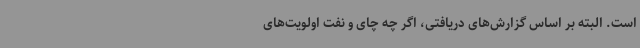
است. البته بر اساس گزارش‌های دریافتی، اگر چه چای و نفت اولویت‌های